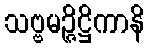
သဗ္ဗမဉ္ဇိဋ္ဌိကာနိ